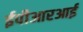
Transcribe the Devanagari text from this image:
ईपीआरआई